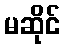
မဆိုင်